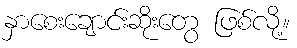
နှာစေးချောင်းဆိုးတွေ ဖြစ်လို့။